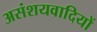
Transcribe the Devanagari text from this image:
असंशयवादियों